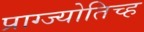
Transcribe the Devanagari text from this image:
प्राग्ज्योतिच्ह